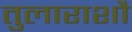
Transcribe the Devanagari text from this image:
तुलाराशौ